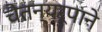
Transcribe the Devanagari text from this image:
चैतन्यरूपाने